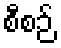
စီစဉ်